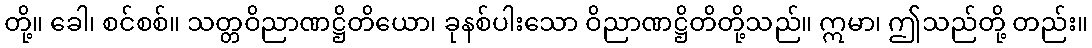
တို့။ ခေါ၊ စင်စစ်။ သတ္တဝိညာဏဋ္ဌိတိယော၊ ခုနစ်ပါးသော ဝိညာဏဋ္ဌိတိတို့သည်။ ဣမာ၊ ဤသည်တို့ တည်း။